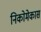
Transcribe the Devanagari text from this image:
निकोमेकास